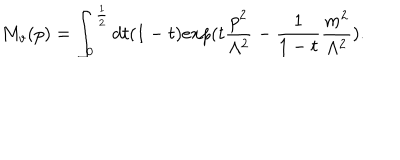
M _ { v } ( p ) = \int _ { 0 } ^ { \frac { 1 } { 2 } } d t ( 1 - t ) e x p ( t \frac { p ^ { 2 } } { \Lambda ^ { 2 } } - \frac { 1 } { 1 - t } \frac { m ^ { 2 } } { \Lambda ^ { 2 } } ) .